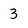
Character: 3